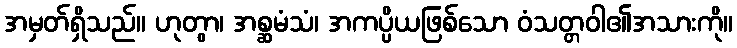
အမှတ်ရှိသည်။ ဟုတွာ၊ အစ္ဆမံသံ၊ အကပ္ပိယဖြစ်သော ဝံသတ္တဝါ၏အသားကို။